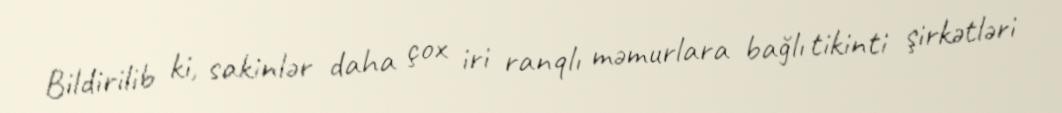
Bildirilib ki, sakinlər daha çox iri ranqlı məmurlara bağlı tikinti şirkətləri